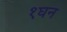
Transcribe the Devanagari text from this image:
१घन